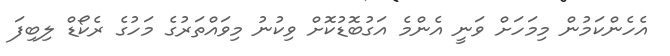
އެހެންކަމުން މިމަހަށް ވަނީ އެންމެ އަގުބޮޑުކޮށް ވިކުނު މިވައްތަރުގެ މަހުގެ ރެކޯޑް ލިބިފަ